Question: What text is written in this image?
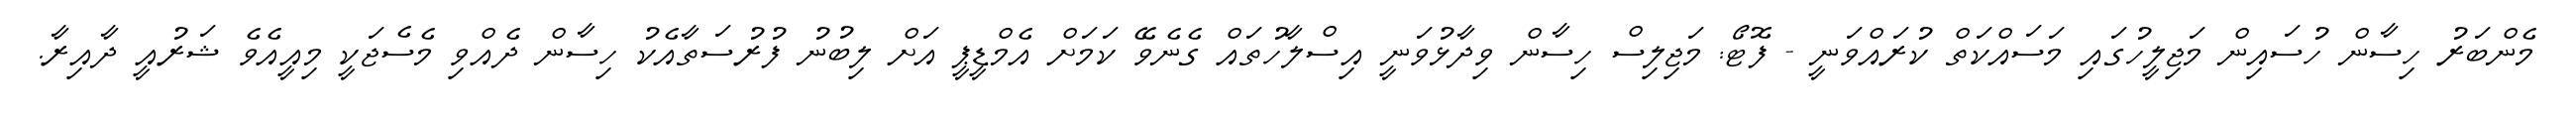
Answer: މެންބަރު ހިސާން ހުސައިން މަޖިލީހުގައި މަސައްކަތް ކުރައްވަނީ - ފޮޓޯ: މަޖިލިސް ހިސާން ވިދާޅުވަނީ އިސްލާހުތައް ގެނެވޭ ކަމަށް އެމްޑީޕީ އަށް ލިބުނު ފުރުސަތާއެކު ހިސާން ދެއްވި މެސެޖަކީ މިއީއެވެ ޝަރުއީ ދާއިރާ.